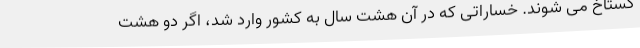
گستاخ می شوند. خساراتی که در آن هشت سال به کشور وارد شد، اگر دو هشت